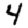
Digit: 4